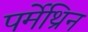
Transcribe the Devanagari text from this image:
पर्मेथ्रिन